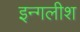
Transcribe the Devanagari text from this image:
इन्गलीश